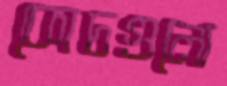
কোচগুলো